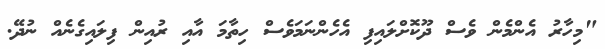
"މިހާރު އެންމެން ވެސް ދޫކޮށްލައިފި އެހެންނަމަވެސް ހިތާމަ އާއި ރުއިން ފިލައިގެނެއް ނުދޭ.